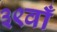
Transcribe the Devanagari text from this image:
३९वाँ